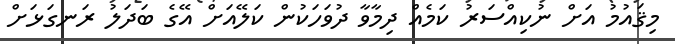
މިޤައުމު އަށް ނުކިއްސަރު ކަމެއް ދިމާވާ ދުވަހަކުން ކަލޭއަށް އޭގެ ބަދަލު ރަނގަޅަށް